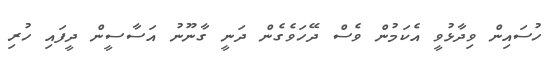
ހުސައިން ވިދާޅުވީ އެކަމުން ވެސް ދޭހަވެގެން ދަނީ ގާނޫނު އަސާސީން ދީފައި ހުރި